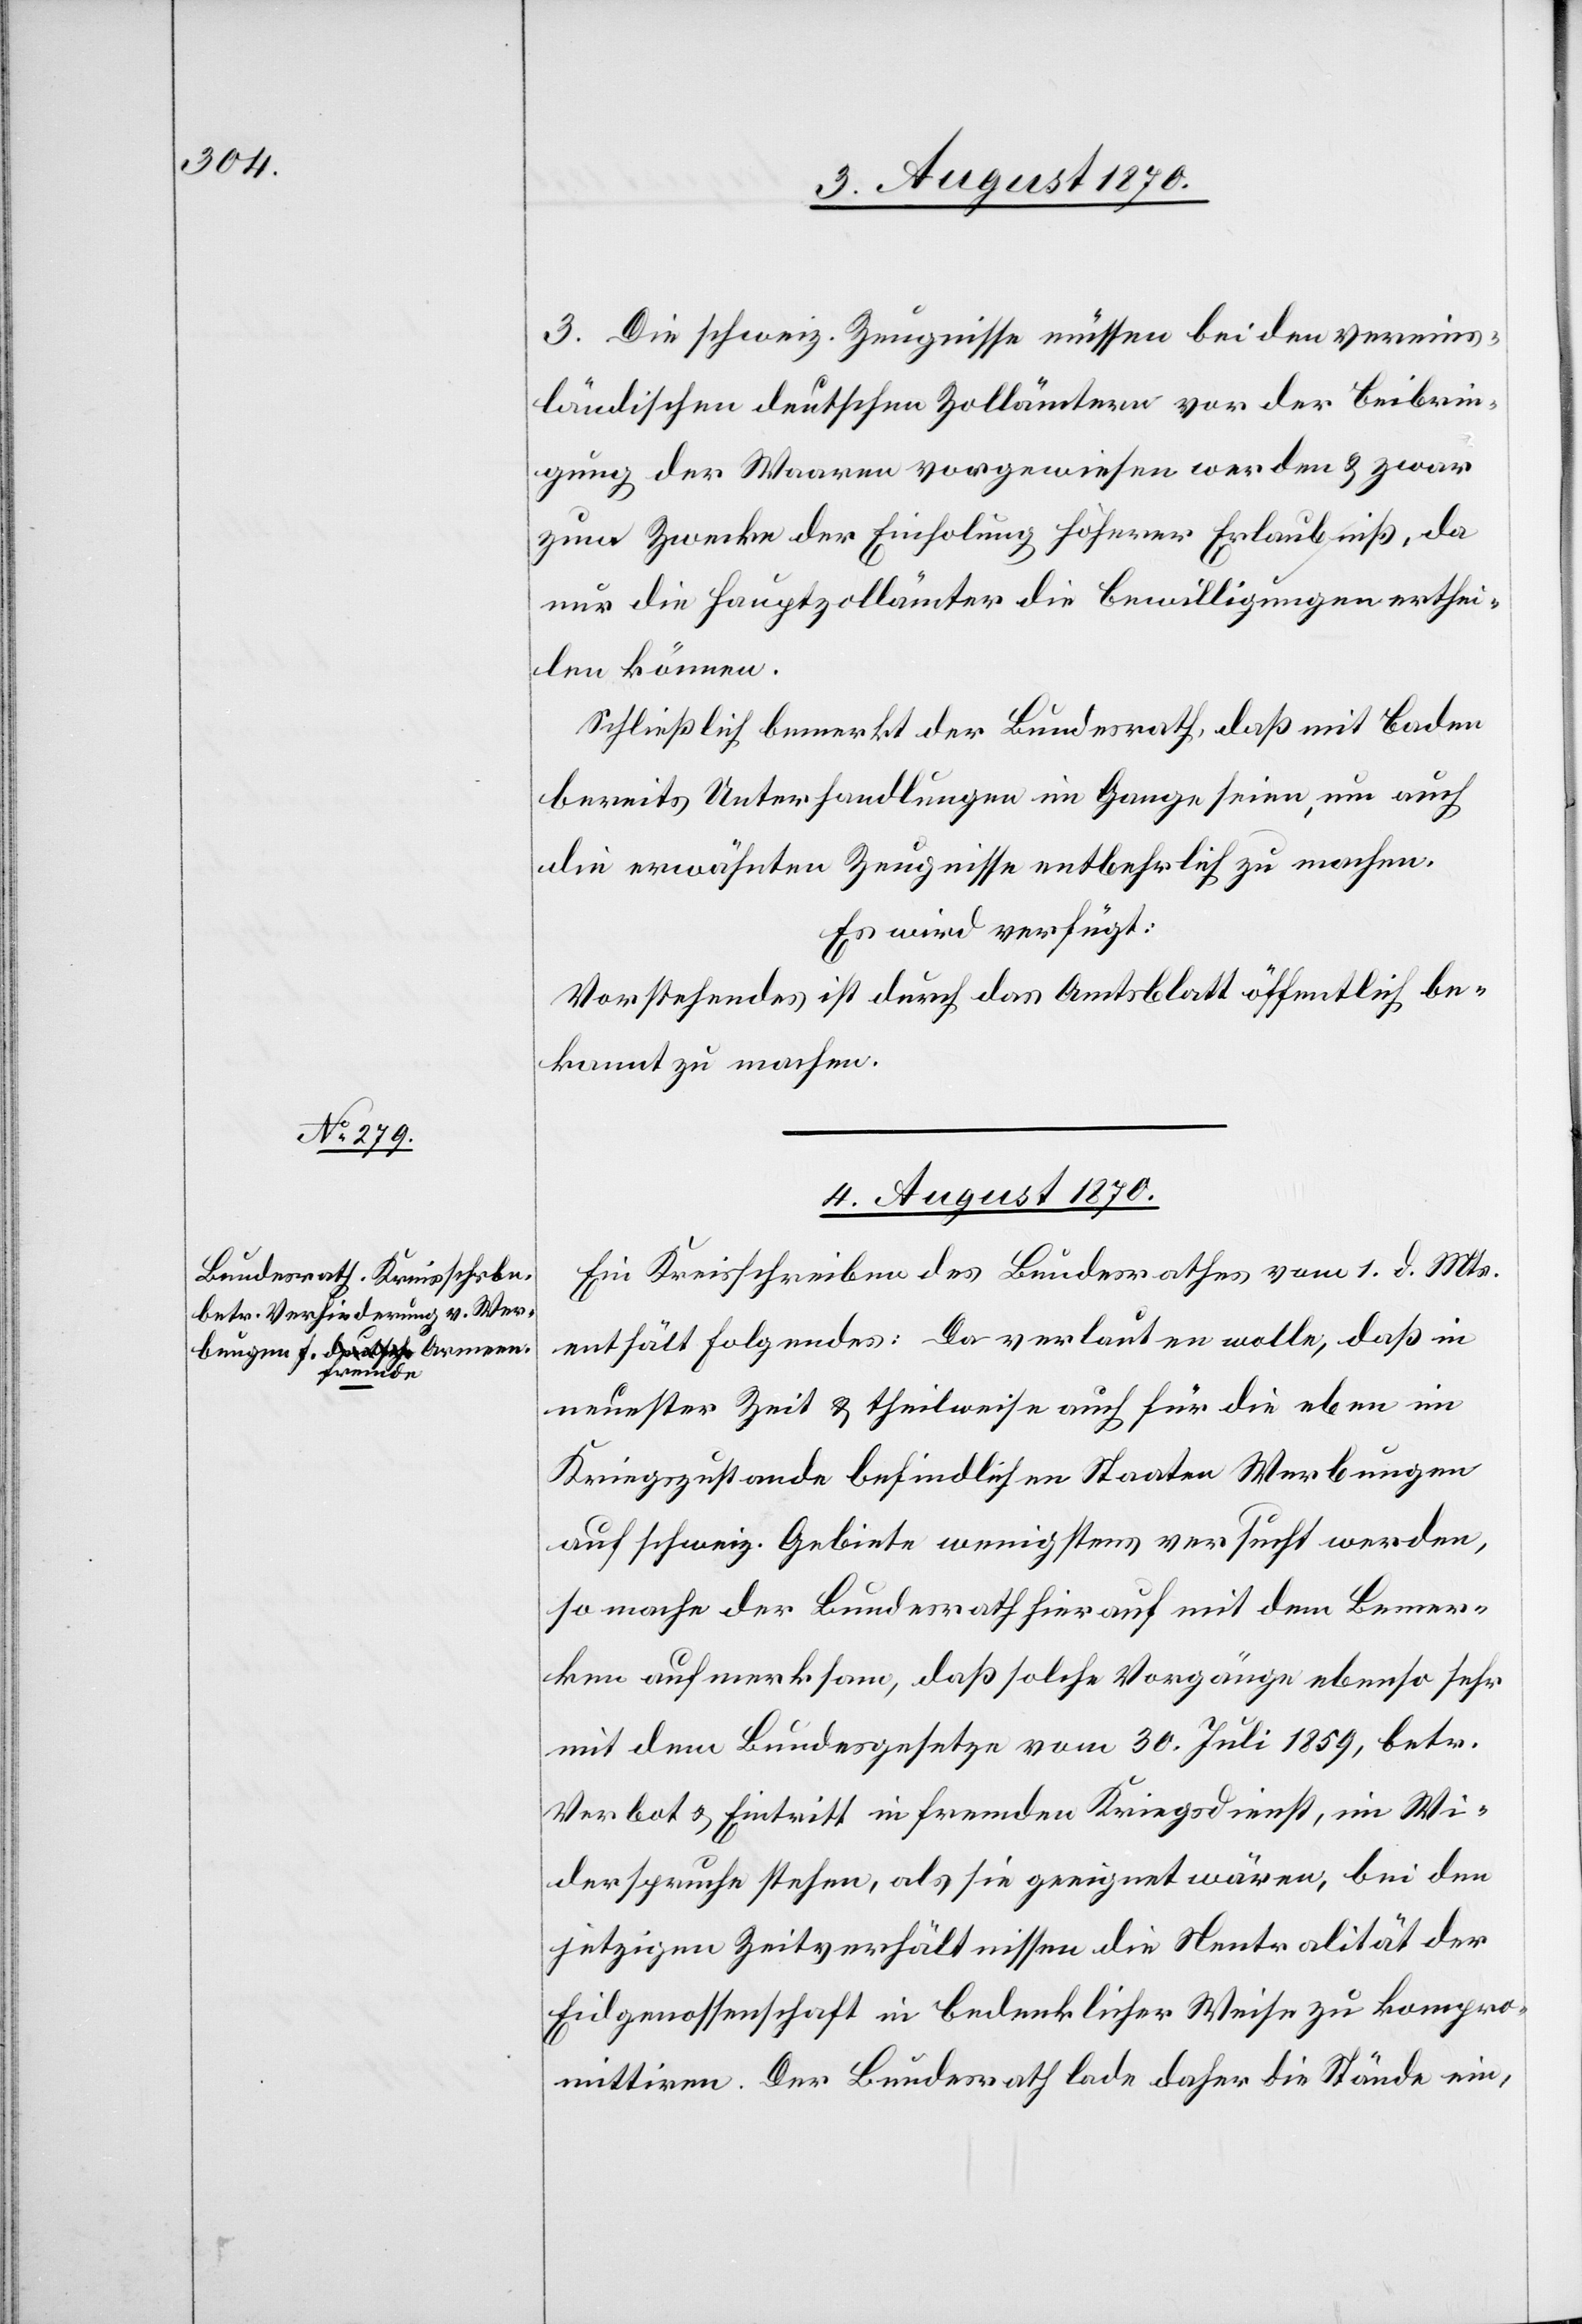
3. Die schweiz. Zeugnisse müssen bei den vereins¬
ländischen deutschen Zollämtern vor der Beibrin¬
gung der Waaren vorgewiesen werden & zwar
zum Zwecke der Einholung höherer Erlaubniß, da
nur die Hauptzollämter die Bewilligungen erthei¬
len können.
Schließlich bemerkt der Bundesrath, daß mit Baden
bereits Unterhandlungen im Gange seien, um auch
die erwähnten Zeugnisse entbehrlich zu machen.
Es wird verfügt:
Vorstehendes ist durch das Amtsblatt öffentlich be¬
kannt zu machen.
4. August 1870.
Ein Kreisschreiben des Bundesrathes vom 1. d. Mts.
enthält folgendes: Da verlauten wolle, daß in
neuester Zeit & theilweise auch für die eben im
Kriegszustande befindlichen Staaten Werbungen
auf schweiz. Gebiete wenigstens versucht werden,
so mache der Bundesrath hierauf mit dem Bemer¬
ken aufmerksam, daß solche Vorgänge ebenso sehr
mit dem Bundesgesetze vom 30. Juli 1859, betr.
Verbot & Eintritt in fremden Kriegsdienst, im Wi¬
derspruche stehen, als sie geeignet wären, bei den
jetzigen Zeitverhältnissen die Neutralität der
Eidgenossenschaft in bedenklicher Weise zu kompro¬
mittiren. Der Bundesrath lade daher die Stände ein,